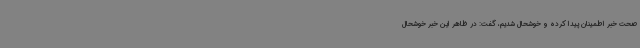
صحت خبر اطمینان پیدا کرده و خوشحال شدیم، گفت: در ظاهر این خبر خوشحال